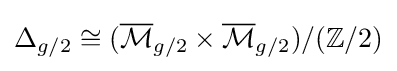
\Delta _{g/2}\cong ({\overline {\mathcal {M}}}_{g/2}\times {\overline {\mathcal {M}}}_{g/2})/(\mathbb {Z} /2)